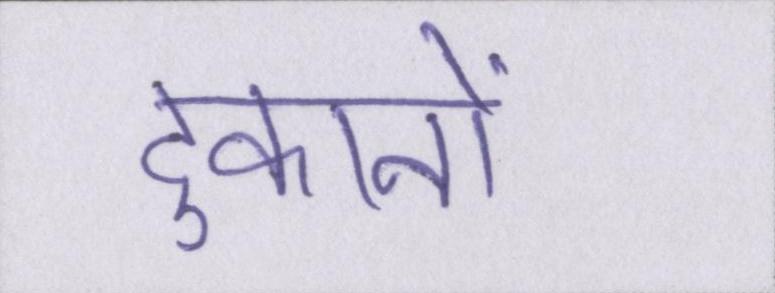
दुकानों